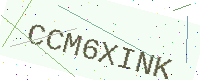
Text: CCM6XINK